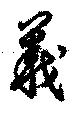
義